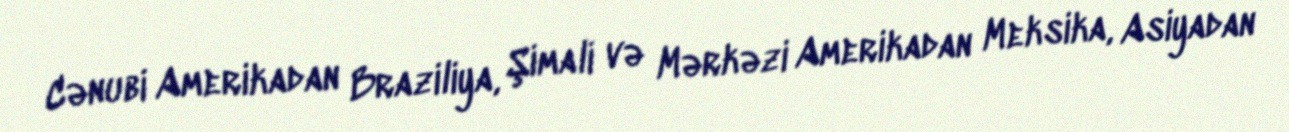
Cənubi Amerikadan Braziliya, Şimali və Mərkəzi Amerikadan Meksika, Asiyadan